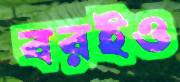
বরইও